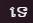
ទេ